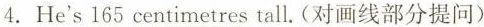
4.He's \underline{165 centimetres} tall. (对画线部分提问)